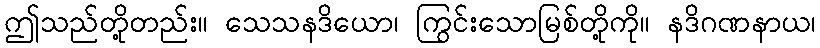
ဤသည်တို့တည်း။ သေသနဒိယော၊ ကြွင်းသောမြစ်တို့ကို။ နဒိဂဏနာယ၊